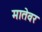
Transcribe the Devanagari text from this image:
मातेवर